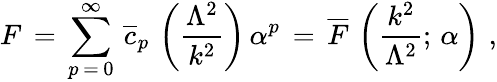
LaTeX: F\, =\, \sum_{p\, =\, 0}^{\infty}\, \overline{{{c}}}_{p}\, \left(\frac{\Lambda^{2}}{k^{2}}\right)\, \alpha^{p}\, =\, \overline{{{F}}}\, \left(\frac{k^{2}}{\Lambda^{2}};\, \alpha\right)\, \, ,